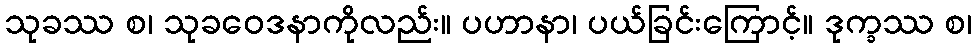
သုခဿ စ၊ သုခဝေဒနာကိုလည်း။ ပဟာနာ၊ ပယ်ခြင်းကြောင့်။ ဒုက္ခဿ စ၊